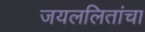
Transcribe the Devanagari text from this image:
जयललितांचा